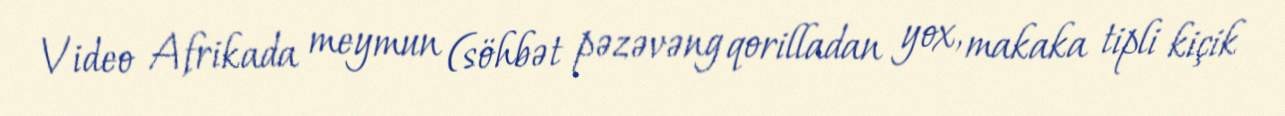
Video Afrikada meymun (söhbət pəzəvəng qorilladan yox, makaka tipli kiçik